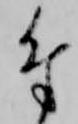
付